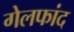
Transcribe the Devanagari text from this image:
गेलफांद